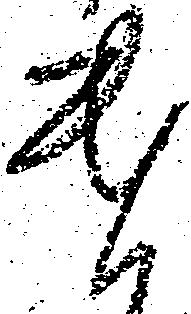
遣